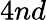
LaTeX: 4nd